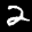
Label: 2